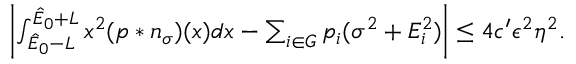
\begin{array} { r } { \left| \int _ { \hat { E } _ { 0 } - L } ^ { \hat { E } _ { 0 } + L } x ^ { 2 } ( p \ast n _ { \sigma } ) ( x ) d x - \sum _ { i \in G } p _ { i } ( \sigma ^ { 2 } + E _ { i } ^ { 2 } ) \right| \leq 4 c ^ { \prime } \epsilon ^ { 2 } \eta ^ { 2 } . } \end{array}